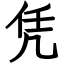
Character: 凭